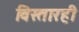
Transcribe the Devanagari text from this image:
विस्तारही